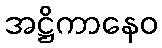
အဋ္ဌိကာနေဝ